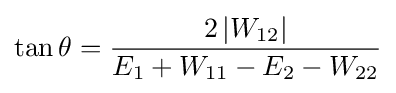
\tan \theta ={\frac {2\left|W_{12}\right|}{E_{1}+W_{11}-E_{2}-W_{22}}}